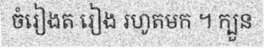
ចំរៀងត រៀង រហូតមក ។ ក្បួន